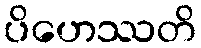
ပိဟေဿတိ